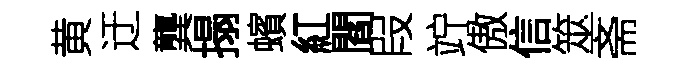
黄迂龔搨蠙紅閻叚竚傲信筮斋